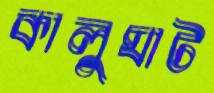
কালুঘাট